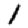
Digit: 1